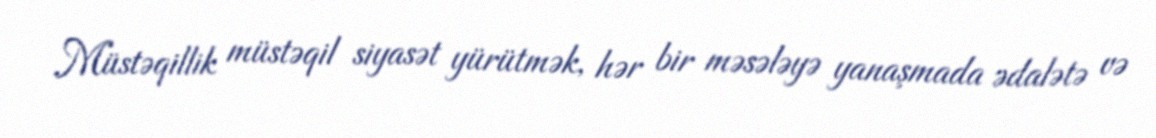
Müstəqillik müstəqil siyasət yürütmək, hər bir məsələyə yanaşmada ədalətə və